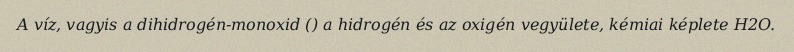
A víz, vagyis a dihidrogén-monoxid () a hidrogén és az oxigén vegyülete, kémiai képlete H2O.